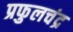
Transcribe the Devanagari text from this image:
प्रफुलचंद्र